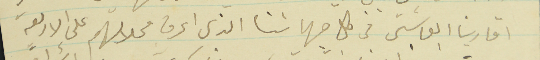
اقاربنا العماشتى في كل جهاتنا الذى اعرف محلاتهم على الاربعة